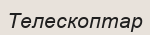
Телескоптар